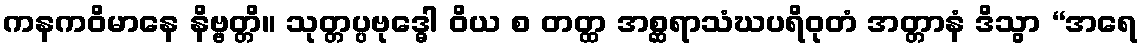
ကနကဝိမာနေ နိဗ္ဗတ္တိ။ သုတ္တပ္ပဗုဒ္ဓေါ ဝိယ စ တတ္ထ အစ္ဆရာသံဃပရိဝုတံ အတ္တာနံ ဒိသွာ “အရေ